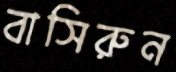
বাসিরুন